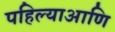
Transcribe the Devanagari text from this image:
पहिल्याआणि